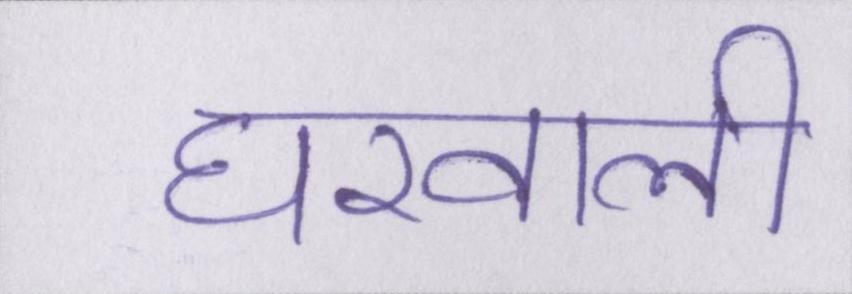
घरवाली